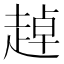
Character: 趠